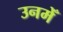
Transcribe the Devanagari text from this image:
उनमेँ